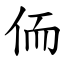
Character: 侕